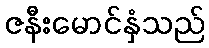
ဇနီးမောင်နှံသည်